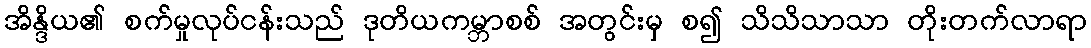
အိန္ဒိယ၏ စက်မှုလုပ်ငန်းသည် ဒုတိယကမ္ဘာစစ် အတွင်းမှ စ၍ သိသိသာသာ တိုးတက်လာရာ